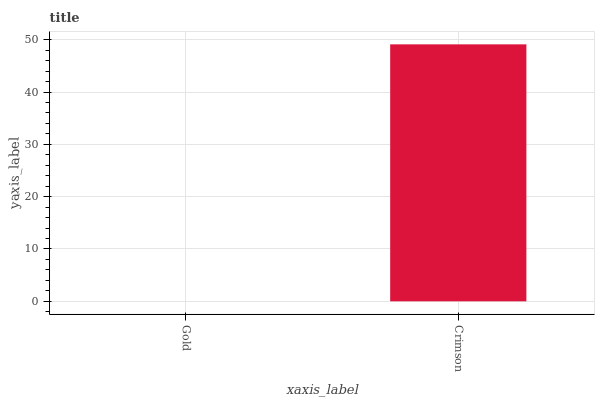
| xaxis_label | bars |
 | --- | --- |
 | Gold | 0 |
 | Crimson | 49.1 |